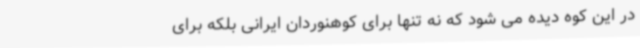
در این کوه دیده می شود که نه تنها برای کوهنوردان ایرانی بلکه برای